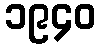
၁၉၄၀